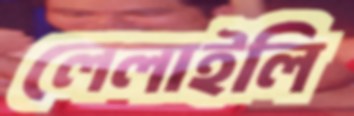
লেলাইলি